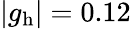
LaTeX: |g_{\textrm{h}}|=0.12